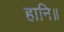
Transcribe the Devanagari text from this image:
हानि॥